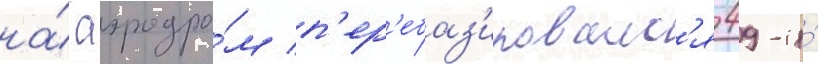
на́ аэродро́м п'ер'ебаз'ировалс'я 49-и́